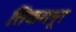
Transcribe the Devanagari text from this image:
तिकमपूर